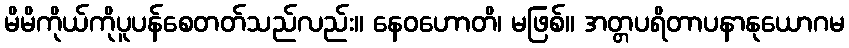
မိမိကိုယ်ကိုပူပန်စေတတ်သည်လည်း။ နေဝဟောတိ၊ မဖြစ်။ အတ္တပရိတာပနာနုယောဂမ